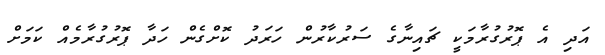
އަދި އެ ޕޮރުގުރާމަކީ ޗައިނާގެ ސަރުކާރުން ހަރަދު ކޮށްގެން ހަދާ ޕޮރުގުރާމެއް ކަމަށް